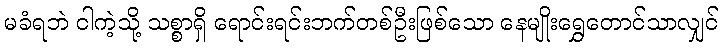
မခံရဘဲ ငါကဲ့သို့ သစ္စာရှိ ရောင်းရင်းဘက်တစ်ဦးဖြစ်သော နေမျိုးရွှေတောင်သာလျှင်